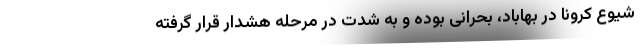
شیوع کرونا در بهاباد، بحرانی بوده و به شدت در مرحله هشدار قرار گرفته